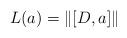
LaTeX: \begin{align*} L (a) =\| [D,a]\|\end{align*}